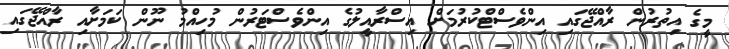
މީގެ އިތުރުން ރާއްޖޭގައި އިންވެސްޓްކުރުމަށް އިސްރާއީލުގެ އިންވެސްޓަރުން މުހިއްމު ނޫން ކަަމަށާއި ރާއްޖޭގައި